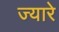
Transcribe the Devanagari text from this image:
ज्यारे